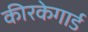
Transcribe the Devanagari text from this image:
कीरकेगार्ड